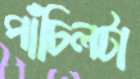
পাঁচিলটা